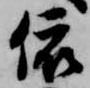
依